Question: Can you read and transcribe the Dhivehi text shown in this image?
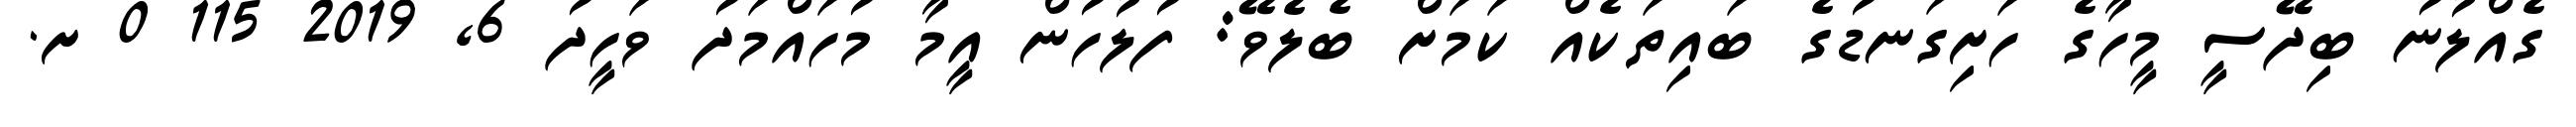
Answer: ގެއްލުނު ބިދޭސީ މީހާގެ ހަށިގަނޑުގެ ބައިތަކެއް ކަމަށް ބެލެވޭ: ފުލުހުން އީމާ މުހައްމަދު ވަހީދު 6, 2019 115 0 ށ.